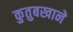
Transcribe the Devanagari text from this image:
कुतुबखाने